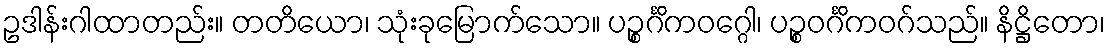
ဥဒါန်းဂါထာတည်း။ တတိယော၊ သုံးခုမြောက်သော။ ပဉ္စင်္ဂိကဝဂ္ဂေါ၊ ပဉ္စဝင်္ဂိကဝဂ်သည်။ နိဋ္ဌိတော၊